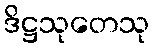
ဒိဋ္ဌသုတေသု